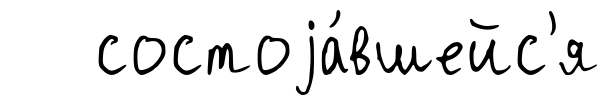
состоjа́вшейс'я